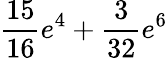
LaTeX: \frac{15}{16}e^{4}+\frac{3}{32}e^{6}